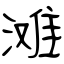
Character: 滩